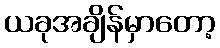
ယခုအချိန်မှာတော့